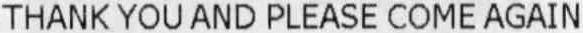
THANK YOU AND PLEASE COME AGAIN